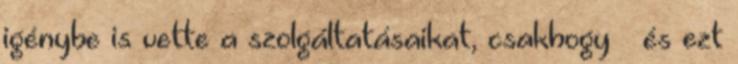
igénybe is vette a szolgáltatásaikat, csakhogy – és ezt